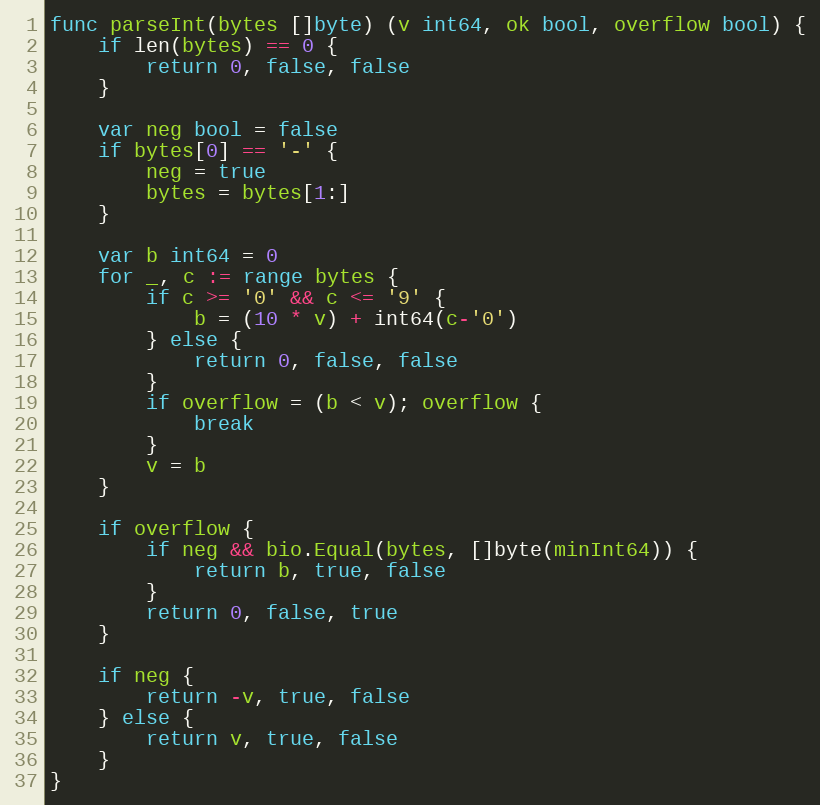
Language: Go
func parseInt(bytes []byte) (v int64, ok bool, overflow bool) {
	if len(bytes) == 0 {
		return 0, false, false
	}

	var neg bool = false
	if bytes[0] == '-' {
		neg = true
		bytes = bytes[1:]
	}

	var b int64 = 0
	for _, c := range bytes {
		if c >= '0' && c <= '9' {
			b = (10 * v) + int64(c-'0')
		} else {
			return 0, false, false
		}
		if overflow = (b < v); overflow {
			break
		}
		v = b
	}

	if overflow {
		if neg && bio.Equal(bytes, []byte(minInt64)) {
			return b, true, false
		}
		return 0, false, true
	}

	if neg {
		return -v, true, false
	} else {
		return v, true, false
	}
}